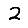
Digit: 2